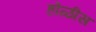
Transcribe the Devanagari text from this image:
होळीस